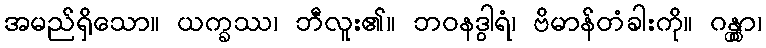
အမည်ရှိသော။ ယက္ခဿ၊ ဘီလူး၏။ ဘဝနဒွါရံ၊ ဗိမာန်တံခါးကို။ ဂန္တွာ၊